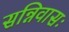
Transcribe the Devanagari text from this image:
सन्निवासः